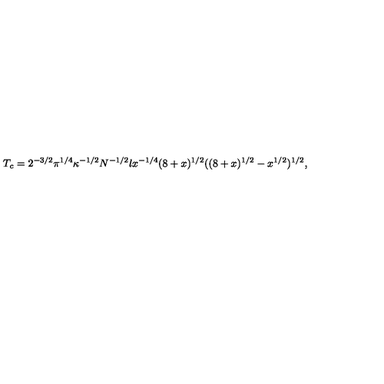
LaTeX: T _ { c } = 2 ^ { - 3 / 2 } \pi ^ { 1 / 4 } \kappa ^ { - 1 / 2 } N ^ { - 1 / 2 } l x ^ { - 1 / 4 } ( 8 + x ) ^ { 1 / 2 } ( ( 8 + x ) ^ { 1 / 2 } - x ^ { 1 / 2 } ) ^ { 1 / 2 } ,